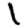
Digit: 1